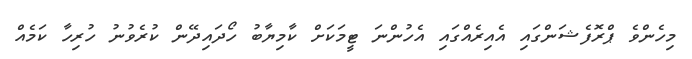
މިހެންވެ ޕްރޮފެޝަންގައި އެއިރެއްގައި އެހުންނަ ޓީމަކަށް ކާމިޔާބު ހޯދައިދޭން ކުރެވުނު ހުރިހާ ކަމެއް